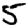
Digit: 5